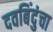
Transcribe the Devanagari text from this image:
दवबिंदुंचा